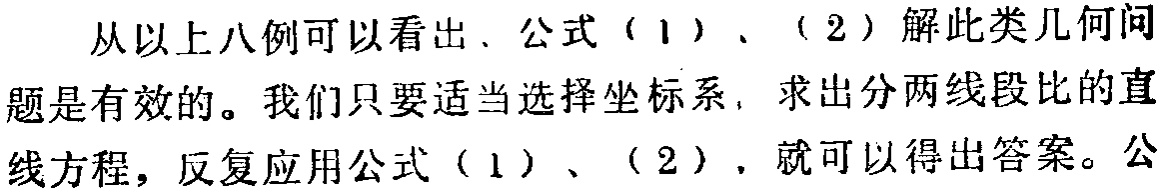
从以上八例可以看出、公式（1）、（2）解此类几何问题是有效的。我们只要适当选择坐标系，求出分两线段比的直线方程，反复应用公式（1）、（2），就可以得出答案。公